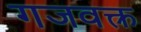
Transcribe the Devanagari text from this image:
गजवक्त्र